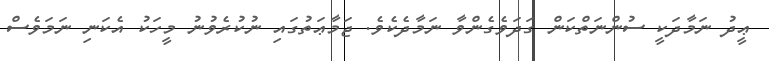
ޢީދު ނަމާދަކީ ސުންނަތްކަން ގަދަވެގެންވާ ނަމާދެކެވެ. ޖަމާޢަތުގައި ނުކުރެވުނު މީހަކު އެކަނި ނަމަވެސް